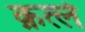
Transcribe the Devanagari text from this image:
क़त्ले